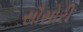
સૌસોરી